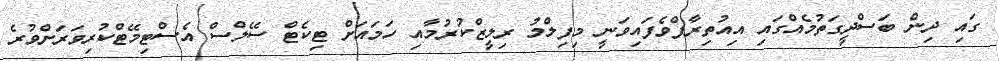
ގައި ދިން ބަސްދީގަތުމެއްގައި އިއުތިރާފްވެފައިވަނީ މިފިލްމު ރިލީޒްކުރުމާއި ހަމައަށް ޓިކެޓް ސޭލްސް އެސްޓިމޭޓްކުރިވަރަށްވުރެ